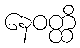
နေဝတ္ထိ